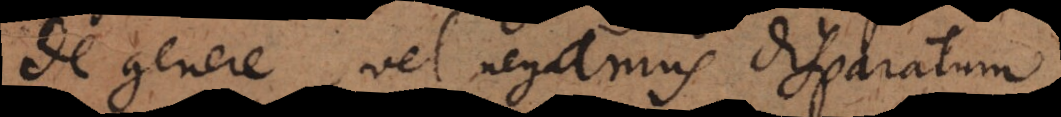
de genere, vel negamus disparatum